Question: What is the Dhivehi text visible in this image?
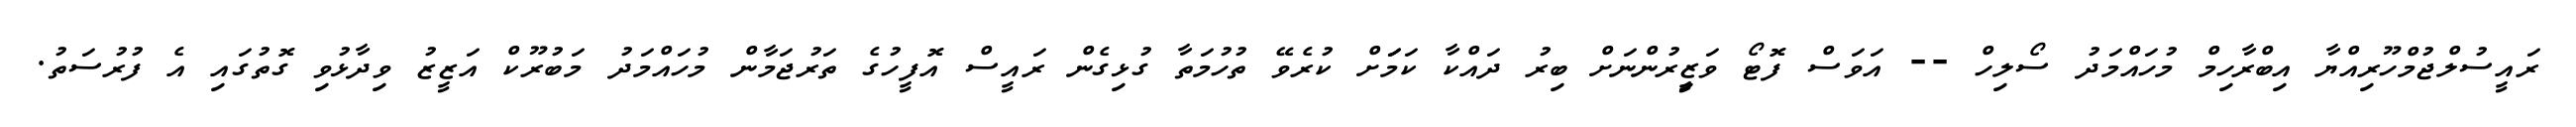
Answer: ރައީސުލްޖުމްހޫރިއްޔާ އިބްރާހިމް މުހައްމަދު ސޯލިހް -- އަވަސް ފޮޓޯ ވަޒީިރުންނަށް ބިރު ދައްކާ ކަމަަށް ކުރެވޭ ތުހުމަތާ ގުޅިގެން ރައީސް އޮފީހުގެ ތަރުޖަމާން މުހައްމަދު މަބުރޫކް އަޒީޒު ވިދާޅުވި ގޮތުގައި އެ ފުރުސަތު.